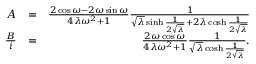
\begin{array} { r l r } { A } & { = } & { \frac { 2 \cos \omega - 2 \omega \sin \omega } { 4 \lambda \omega ^ { 2 } + 1 } \frac { 1 } { \sqrt { \lambda } \sinh \frac { 1 } { 2 \sqrt { \lambda } } + 2 \lambda \cosh \frac { 1 } { 2 \sqrt { \lambda } } } } \\ { \frac { B } { i } } & { = } & { \frac { 2 \omega \cos \omega } { 4 \lambda \omega ^ { 2 } + 1 } \frac { 1 } { \sqrt { \lambda } \cosh \frac { 1 } { 2 \sqrt { \lambda } } } . } \end{array}